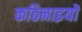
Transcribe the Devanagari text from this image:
कठिनाइयोें